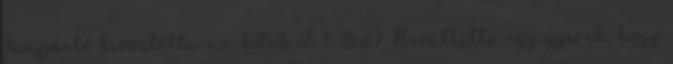
Szijjártó kiosztotta az ENSZ-t 18:27 Bevallotta egy gyerek, hogy